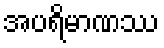
အပရိမာဏဿ